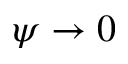
\psi \rightarrow 0